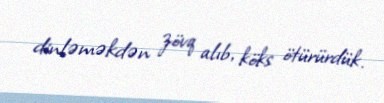
dinləməkdən zövq alıb, köks ötürürdük.